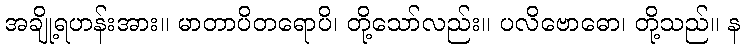
အချို့ရဟန်းအား။ မာတာပိတရောပိ၊ တို့သော်လည်း။ ပလိဗောဓော၊ တို့သည်။ န